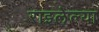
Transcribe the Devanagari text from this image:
राइलेल्या